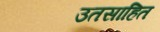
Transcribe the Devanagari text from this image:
उतसाहित